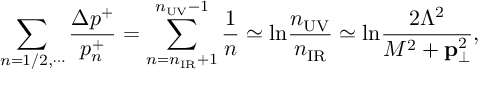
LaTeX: \sum _ { n = 1 / 2 , \cdots } { \frac { \Delta p ^ { + } } { p _ { n } ^ { + } } } = \sum _ { n = n _ { \mathrm { I R } } + 1 } ^ { n _ { \mathrm { U V } } - 1 } \frac { 1 } { n } \simeq \mathrm { l n } \frac { n _ { \mathrm { U V } } } { n _ { \mathrm { I R } } } \simeq \mathrm { l n } \frac { 2 \Lambda ^ { 2 } } { M ^ { 2 } + { \bf p } _ { \bot } ^ { 2 } } ,